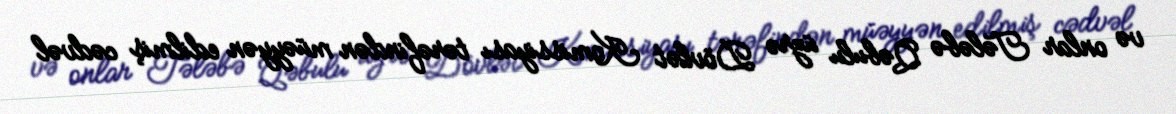
və onlar Tələbə Qəbulu üzrə Dövlət Komissiyası tərəfindən müəyyən edilmiş cədvəl